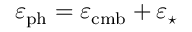
\varepsilon _ { \mathrm { p h } } = \varepsilon _ { \mathrm { c m b } } + \varepsilon _ { \star }